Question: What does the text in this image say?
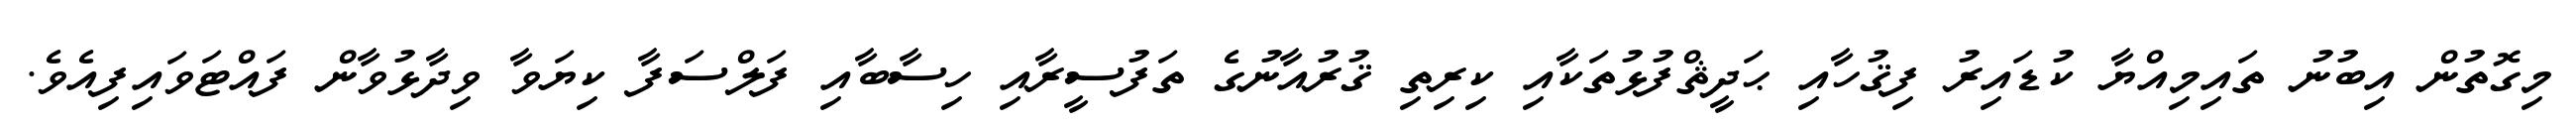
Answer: މިގޮތުން އިބުނު ތައިމިއްޔާ ކުޑައިރު ފިޤުހާއި ޙަދީޘްފުޅުތަކާއި ކިރިތި ޤުރުއާނުގެ ތަފުސީރާއި ހިސާބާއި ފަލްސަފާ ކިޔަވާ ވިދާޅުވާން ފައްޓަވައިފިއެވެ.